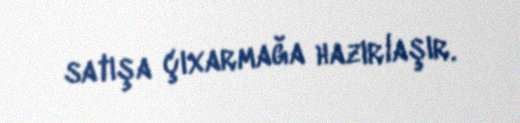
satışa çıxarmağa hazırlaşır.